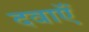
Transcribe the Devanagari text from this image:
दवाऍं